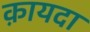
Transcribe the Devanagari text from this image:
क़ायदा